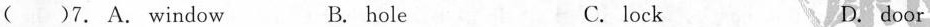
( )7. A. window B. hole C.lock D.door